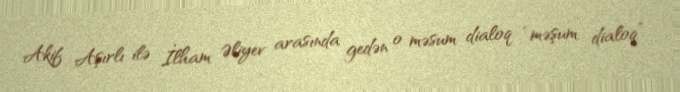
Akif Aşırlı ilə İlham Əliyev arasında gedən o məsum dialoq “məşum dialoq”